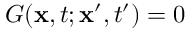
G ( \mathbf { x } , t ; \mathbf { x } ^ { \prime } , t ^ { \prime } ) = 0